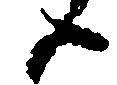
ハ